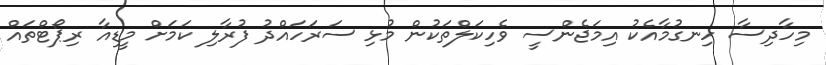
މިހާދިސާ ހިނގުމާއެކު އިމަޖެންސީ ވެހިކަލްތަކުން މުޅި ސަރަހައްދު ފުރާލި ކަމަށް މީޑިއާ ރިޕޯޓްތައް